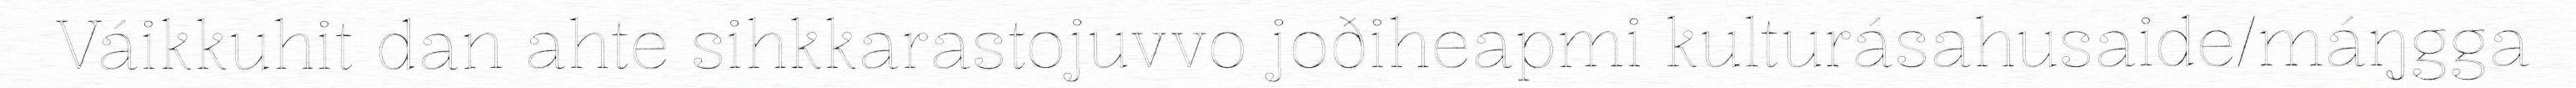
Váikkuhit dan ahte sihkkarastojuvvo joðiheapmi kulturásahusaide/máŋgga